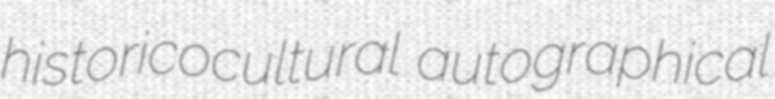
historicocultural autographical